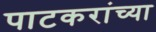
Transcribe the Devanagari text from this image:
पाटकरांच्या